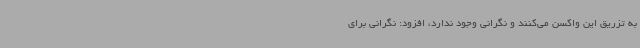
به تزریق این واکسن می‌کنند و نگرانی وجود ندارد، افزود: نگرانی برای